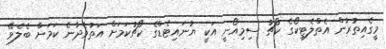
މީގެއިތުރުން އެތްލެޓިކޯގެ ކޯޗު ސިމިއޯނީ އަކީ ޔުނައިޓެޑްގެ ކޯޗުކަމަށް އަތުވެދާނެ ކަމަށް ބެލެވޭ